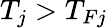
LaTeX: T_{j}>T_{Fj}